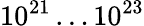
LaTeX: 10^{21}\dots 10^{23}